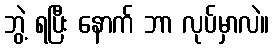
ဘွဲ့ ရပြီး နောက် ဘာ လုပ်မှာလဲ။